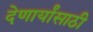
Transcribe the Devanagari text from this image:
देणार्यांसाठी